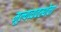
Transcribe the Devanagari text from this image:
मूल्यव्यवस्थेचा